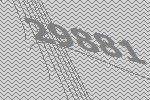
29881